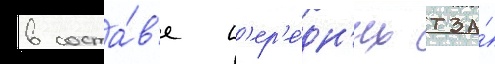
в соста́в'е п'ер'е́дн'их тза́